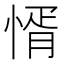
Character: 㥠